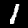
Label: 1